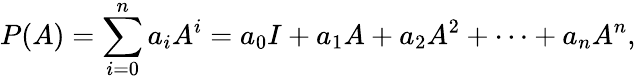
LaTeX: P(A)=\sum_{i=0}^{n}{a_{i}A^{i}}=a_{0}I+a_{1}A+a_{2}A^{2}+\cdots+a_{n}A^{n},